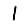
Digit: 1